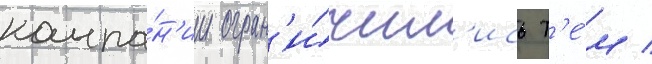
компа́н'ии огран'и́чил'ись т'е́м /